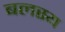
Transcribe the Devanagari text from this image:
बलस्य